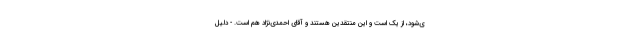
ی‌شود، از یک است و این منتقدین هستند و آقای احمدی‌نژاد هم است. - دلیل